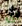
اى